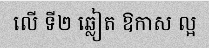
លើ ទី២ ឆ្លៀត ឱកាស ល្អ